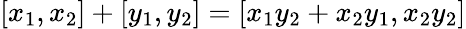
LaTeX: [x_{1},x_{2}]+[y_{1},y_{2}]=[x_{1}y_{2}+x_{2}y_{1},x_{2}y_{2}]